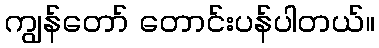
ကျွန်တော် တောင်းပန်ပါတယ်။